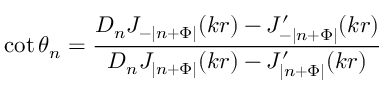
\cot \theta _ { n } = \frac { D _ { n } J _ { - | n + \Phi | } ( k r ) - J _ { - | n + \Phi | } ^ { \prime } ( k r ) } { D _ { n } J _ { | n + \Phi | } ( k r ) - J _ { | n + \Phi | } ^ { \prime } ( k r ) }